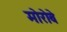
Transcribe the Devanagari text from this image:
मोरोबे